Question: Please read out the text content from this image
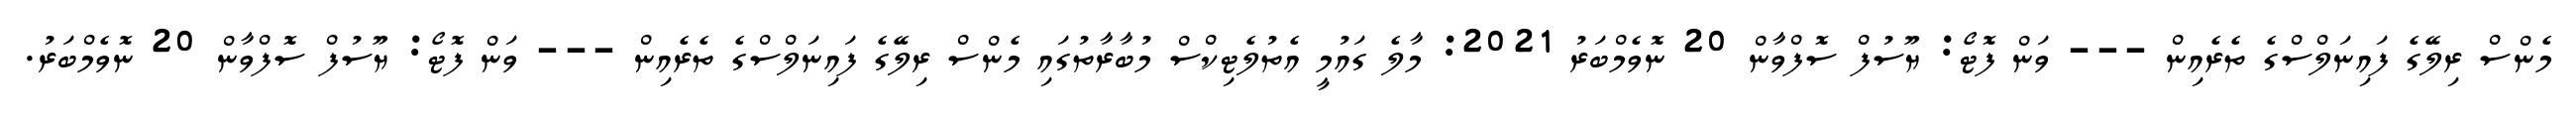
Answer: މެންސް ރިލޭގެ ފައިނަލްސްގެ ތެރެއިން --- ވަން ފޮޓޯ: ޔޫސުފް ސޮފްވާން 20 ނޮވެމްބަރު 2021: މާލެ ގައުމީ އެތުލެޓިކްސް މުބާރާތުގައި މެންސް ރިލޭގެ ފައިނަލްސްގެ ތެރެއިން --- ވަން ފޮޓޯ: ޔޫސުފް ސޮފްވާން 20 ނޮވެމްބަރު.